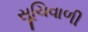
સૂચિવાળી